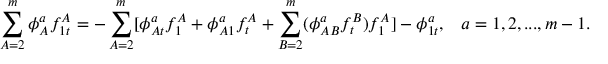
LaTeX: \sum _ { A = 2 } ^ { m } \phi _ { A } ^ { a } f _ { 1 t } ^ { A } = - \sum _ { A = 2 } ^ { m } [ \phi _ { A t } ^ { a } f _ { 1 } ^ { A } + \phi _ { A 1 } ^ { a } f _ { t } ^ { A } + \sum _ { B = 2 } ^ { m } ( \phi _ { A B } ^ { a } f _ { t } ^ { B } ) f _ { 1 } ^ { A } ] - \phi _ { 1 t } ^ { a } , \; \; \; a = 1 , 2 , . . . , m - 1 .